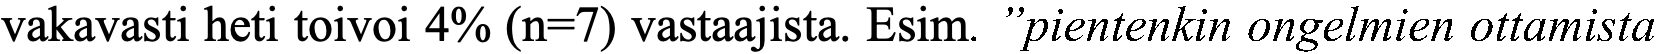
vakavasti heti toivoi 4% (n=7) vastaajista. Esim. ”pientenkin ongelmien ottamista